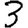
Digit: 3